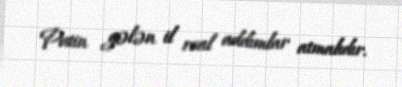
Putin gələn il real addımlar atmalıdır.